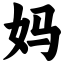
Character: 妈